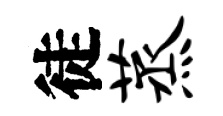
徒蒸